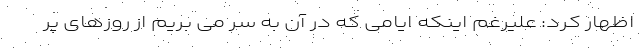
اظهار کرد: علیرغم اینکه ایامی که در آن به سر می بریم از روزهای پر